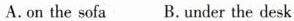
A.on the sofa B.under the desk